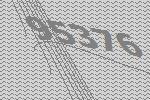
95376